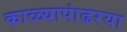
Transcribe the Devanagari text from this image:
काळ्यापांढरया